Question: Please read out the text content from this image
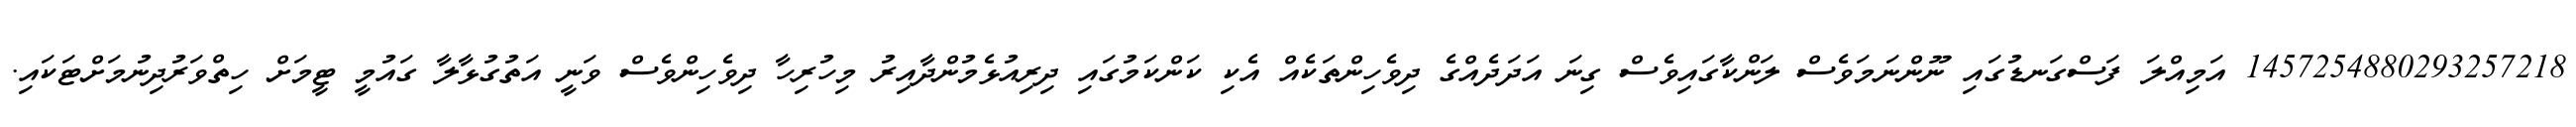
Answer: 1457254880293257218 އަމިއްލަ ފަސްގަނޑުގައި ނޫންނަމަވެސް ލަންކާގައިވެސް ގިނަ އަދަދެއްގެ ދިވެހިންތަކެއް އެކި ކަންކަމުގައި ދިރިއުޅެމުންދާއިރު މިހުރިހާ ދިވެހިންވެސް ވަނީ އަތުގުޅާލާ ގައުމީ ޓީމަށް ހިތްވަރުދިނުމަށްޓަކައި.